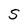
Character: S